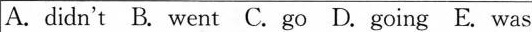
A. didn't B. went C. go D. Going E. was